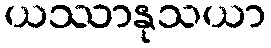
ယဿာနုသယာ